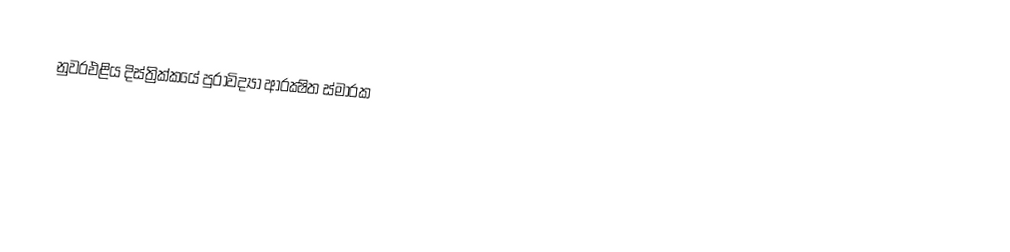
නුවරඑළිය දිස්ත්‍රික්කයේ පුරාවිද්‍යා ආරක්‍ෂිත ස්මාරක